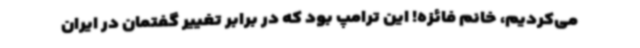
می‌کردیم، خانم فائزه! این ترامپ بود که در برابر تغییر گفتمان در ایران